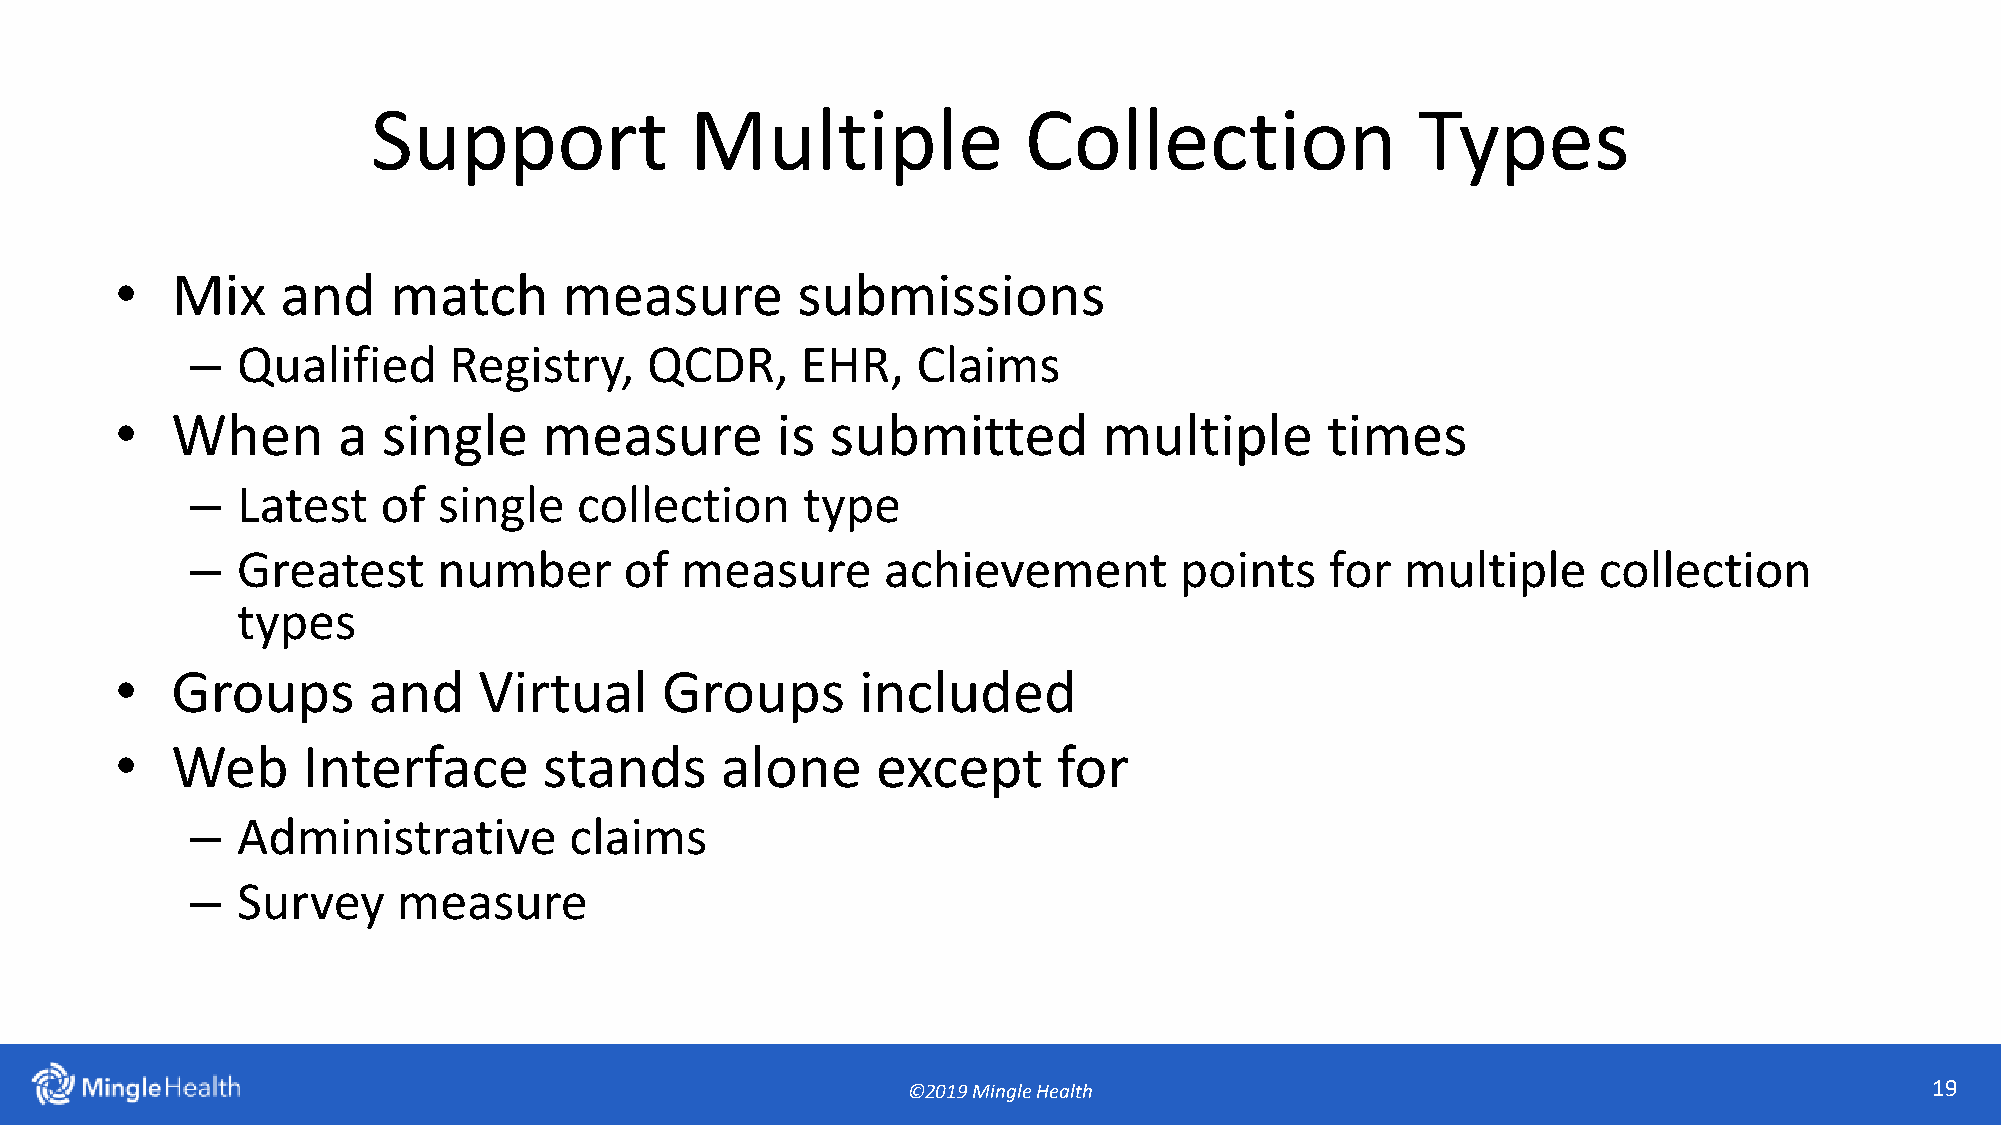
Support              Multiple              Collection                Types
 •  Mix     and    match      measure         submissions
 –  Qualified     Registry,    QCDR,     EHR,    Claims
 •  When       a  single     measure        is  submitted         multiple       times
 –  Latest   of  single   collection     type
 –  Greatest     number      of  measure      achievement         points    for  multiple     collection
 types
 •  Groups       and     Virtual     Groups       included
 •  Web      Interface       stands      alone     except      for
 –  Administrative        claims
 –  Survey    measure
 ©2019 Mingle Health                                                 19